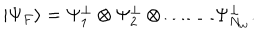
\left| \Psi _ { F } \right\rangle = \Psi _ { 1 } ^ { \perp } \otimes \Psi _ { 2 } ^ { \perp } \otimes \ldots \ldots \Psi _ { N _ { w } } ^ { \perp } .